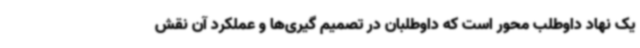
یک نهاد داوطلب محور است که داوطلبان در تصمیم گیری‌ها و عملکرد آن نقش